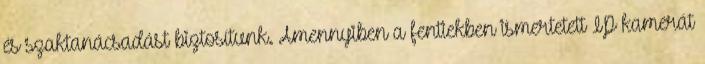
és szaktanácsadást biztosítunk. Amennyiben a fentiekben ismertetett IP kamerát